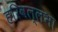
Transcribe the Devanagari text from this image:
हरिवल्लभा